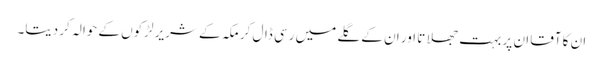
ان کا آقا ان پر بہت جھلاتا اور ان کے گلے میں رسی ڈال کر مکہ کے شریر لڑکوں کے حوالہ کر دیتا۔